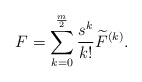
\begin{align*} F=\sum_{k=0}^{\frac{m}{2}}\frac{s^k}{k!}\widetilde{F}^{(k)}.\end{align*}